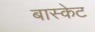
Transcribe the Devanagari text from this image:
बास्‍केट